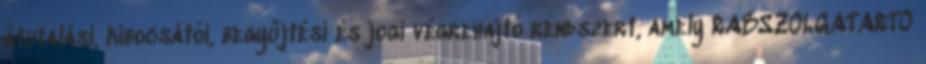
átutalási, kibocsátói, begyűjtési és jogi végrehajtó rendszert, amely RABSZOLGATARTÓ